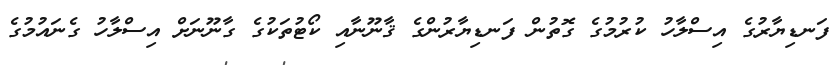
ފަނޑިޔާރުގެ އިސްލާހު ކުރުމުގެ ގޮތުން ފަނޑިޔާރުންގެ ޤާނޫނާއި ކޯޓުތަކުގެ ގާނޫނަށް އިސްލާހު ގެނައުމުގެ